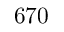
6 7 0